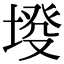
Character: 𡍰